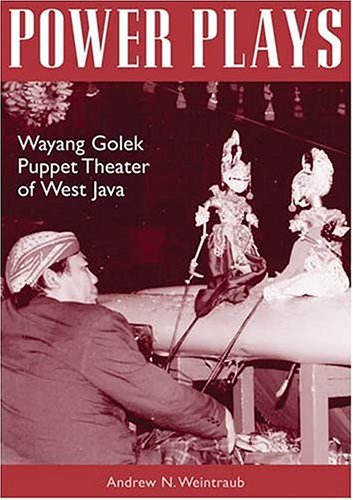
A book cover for Power Plays: Wayang Golek Puppet Theater of West Java (Ohio RIS Southeast Asia Series); Andrew N. Weintraub; Crafts, Hobbies & Home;